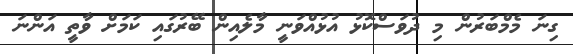
ގިނަ މެމްބަރުން މި ދުވަސްކޮޅު އުޅުއްވަނީ މާލެއިން ބޭރުގައި ކަމަށް ވާތީ އަންނަ